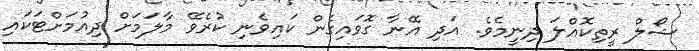
ޝޯލް ރީތިކޮއްލަ ދިނީމެވެ. އަދި އޭނާ ގޮވައިގެން ކައިވެނި ކުރެވޭ މާލަމަށް ދިއުމަށްޓަކައި